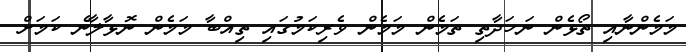
މަމެންނާއި ތޯޅެން ނަހަދާތި ތަމެން މަމެން ވެރިކަމުގައި ތިއްބާ މަމެން ނޮޅާލާނެ ކަމަށް